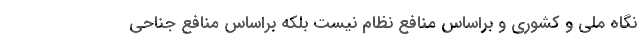
نگاه ملی و کشوری و براساس منافع نظام نیست بلکه براساس منافع جناحی